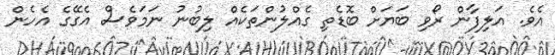
އެވެ. އަލިފާން ރޯވި ބަޔަށް ބޮޑެތި ގެއްލުންތަކެއް ލިބުނު ނަމަވެސް އެގޭގެ އެހެން